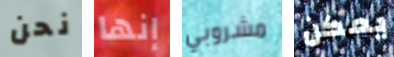
نحن إنها مشروبي يمكن